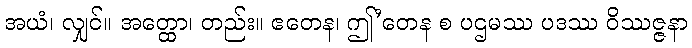
အယံ၊ လျှင်။ အတ္ထော၊ တည်း။ ဧတေန၊ ဤ’တေန စ ပဌမဿ ပဒဿ ဝိဿဇ္ဇနာ